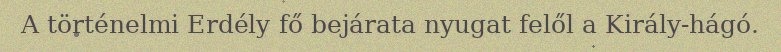
A történelmi Erdély fő bejárata nyugat felől a Király-hágó.